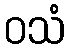
ဝသံ